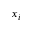
x _ { i }